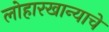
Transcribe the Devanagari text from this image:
लोहारखान्याचे